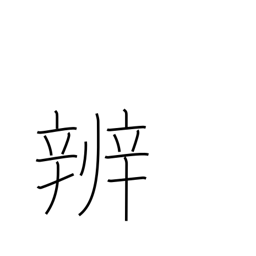
Meaning: discrimination